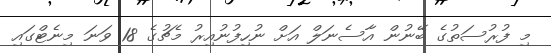
މި ފުރުސަތުގެ ބޭނުން އާސެނަލް އަށް ނުހިފުނުއިރު މެޗުގެ 18 ވަނަ މިނެޓްގައި